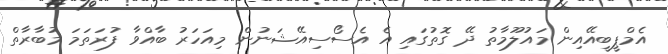
އެމްޕީބީއޭއިން މައުލޫމާތު ދޭ ގޮތުގައި އެ އެސޯސިއޭޝަނުން މިއަހަރު ބާއްވާ ފުރަތަމަ މުބާރާތް